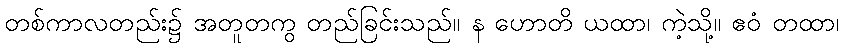
တစ်ကာလတည်း၌ အတူတကွ တည်ခြင်းသည်။ န ဟောတိ ယထာ၊ ကဲ့သို့။ ဧဝံ တထာ၊